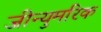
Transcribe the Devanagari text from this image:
जीन्युमरिक